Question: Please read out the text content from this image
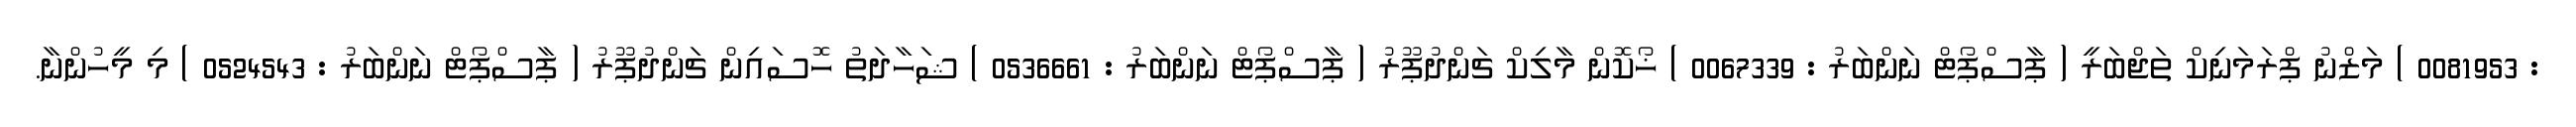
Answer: : 0081953 ) މަޒްނު ޕްރަމަނިކް ތަޖްބަރީ ( ޕާސްޕޯޓް ނަންބަރު : 0067339 ) ޚޯކޮން މާލިކް ޗަންދުޕޫރު ( ޕާސްޕޯޓް ނަންބަރު : 0536661 ) ޝަހާދަތު ހޮސައިން ޗަންދުޕޫރު ( ޕާސްޕޯޓް ނަންބަރު : 0524543 ) މި މީހުންނާ.